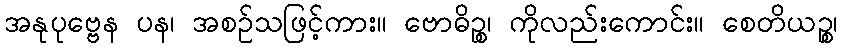
အနုပုဗ္ဗေန ပန၊ အစဉ်သဖြင့်ကား။ ဗောဓိဉ္စ၊ ကိုလည်းကောင်း။ စေတိယဉ္စ၊